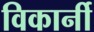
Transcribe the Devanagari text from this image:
विकार्नी